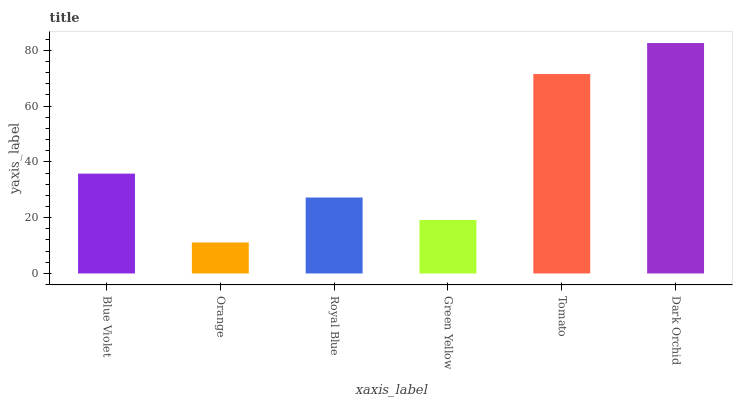
| xaxis_label | bars |
 | --- | --- |
 | Blue Violet | 35.8 |
 | Orange | 11.1 |
 | Royal Blue | 27.2 |
 | Green Yellow | 19.2 |
 | Tomato | 71.5 |
 | Dark Orchid | 82.6 |